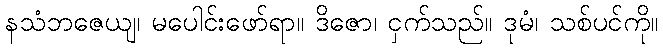
နသံဘဇေယျ၊ မပေါင်းဖော်ရာ။ ဒိဇော၊ ငှက်သည်။ ဒုမံ၊ သစ်ပင်ကို။